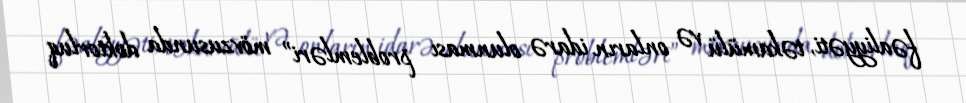
fəaliyyəti, təkamülü və onların idarə olunması problemləri” mövzusunda doktorluq